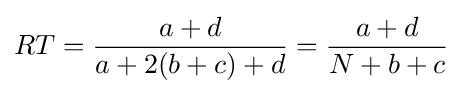
RT={\frac {a+d}{a+2(b+c)+d}}={\frac {a+d}{N+b+c}}